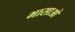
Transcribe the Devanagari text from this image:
भासाओ